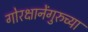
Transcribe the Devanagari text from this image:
गोरक्षानेंगुरुच्या